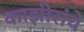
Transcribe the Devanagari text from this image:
काझीरांचे